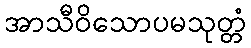
အာသီဝိသောပမသုတ္တံ